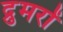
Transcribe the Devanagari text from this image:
द्रुमरों